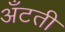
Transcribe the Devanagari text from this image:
अँटती